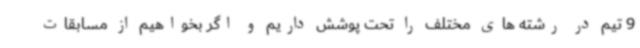
9 تیم در رشته های مختلف را تحت پوشش داریم و اگر بخواهیم از مسابقات